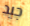
جيد